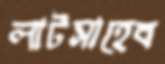
লাটসাহেব